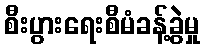
စီးပွားရေးစီမံခန့်ခွဲမှု